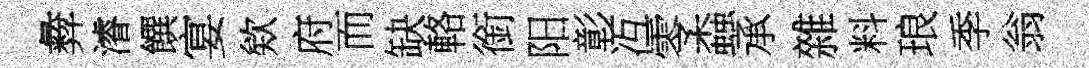
彜濬饌宴欸府而缺輅銜阳彰冱零螙承雜料琅季翁